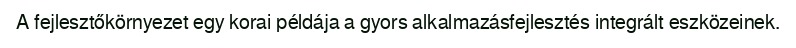
A fejlesztőkörnyezet egy korai példája a gyors alkalmazásfejlesztés integrált eszközeinek.